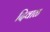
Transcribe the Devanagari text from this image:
दिवाळ